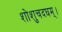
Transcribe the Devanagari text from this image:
शोशुचदघम्।